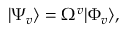
\begin{array} { r } { | \Psi _ { v } \rangle = \Omega ^ { v } | \Phi _ { v } \rangle , } \end{array}